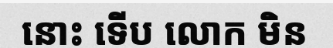
នោះ ទើប លោក មិន